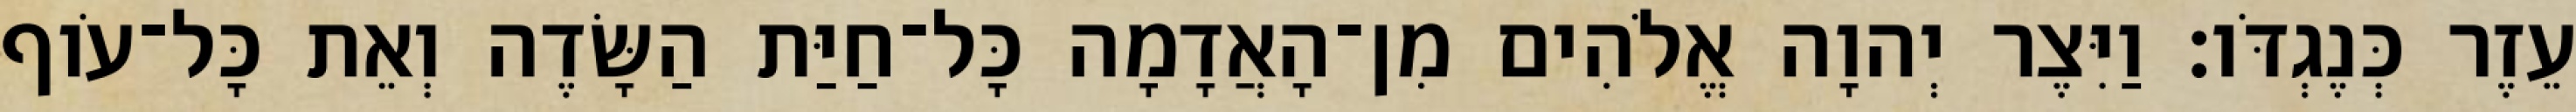
עֵזֶר כְּנֶגְדֹּו׃ וַיִּצֶר יְהוָה אֱלֹהִים מִן־הָאֲדָמָה כָּל־חַיַּת הַשָּׂדֶה וְאֵת כָּל־עֹוף